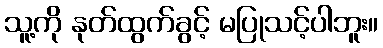
သူ့ကို နုတ်ထွက်ခွင့် မပြုသင့်ပါဘူး။